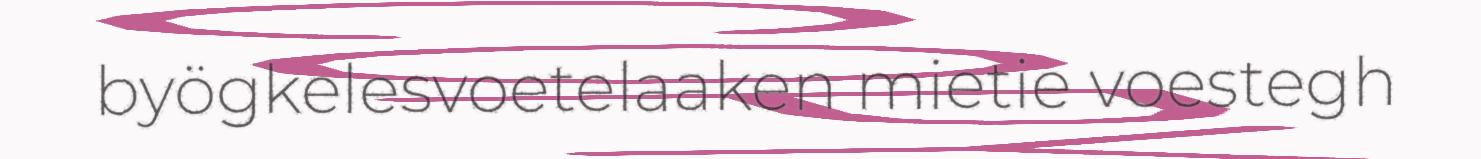
byögkelesvoetelaaken mietie voestegh